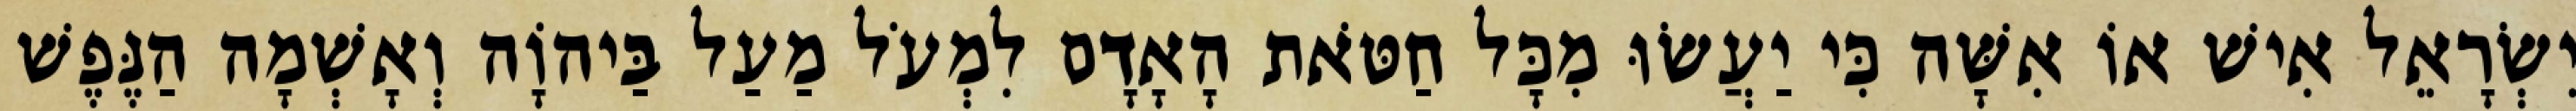
יִשְׂרָאֵל אִישׁ אוֹ אִשָּׁה כִּי יַעֲשׂוּ מִכָּל חַטֹּאת הָאָדָם לִמְעֹל מַעַל בַּיהוָֹה וְאָשְׁמָה הַנֶּפֶשׁ